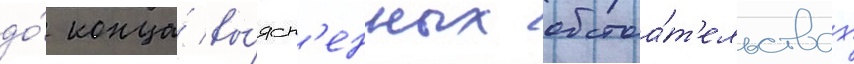
до́ конца́ вы́ясн'енных обстоа́т'ельствах